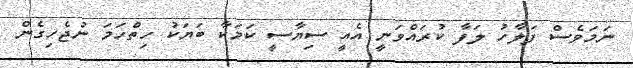
ނަމަވެސް ފަލާހު ލަފާ ކުރައްވަނީ އެއީ ސިޔާސީ ކަމަކާ ބަޔަކު ހިތްހަމަ ނުޖެހިގެން